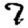
Digit: 7